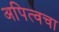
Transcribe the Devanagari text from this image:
अपित्वचा